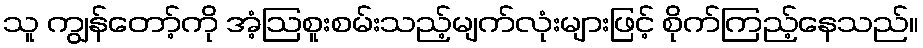
သူ ကျွန်တော့်ကို အံ့ဩစူးစမ်းသည့်မျက်လုံးများဖြင့် စိုက်ကြည့်နေသည်။